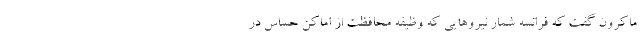
ماکرون گفت که فرانسه شمار نیروهایی که وظیفه محافظت از اماکن حساس در